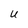
Character: U